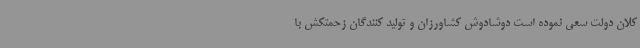
کلان دولت سعی نموده است دوشادوش کشاورزان و تولید کنندگان زحمتکش با